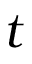
t